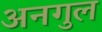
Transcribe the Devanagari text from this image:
अनगुल